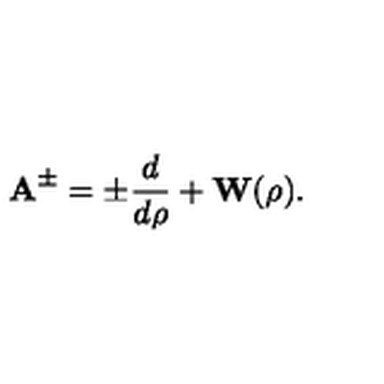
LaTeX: { \bf A } ^ { \pm } = \pm \frac { d } { d \rho } + { \bf W } ( \rho ) .